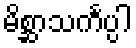
မိစ္ဆာသင်္ကပ္ပါ